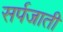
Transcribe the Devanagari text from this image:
सर्पजाती